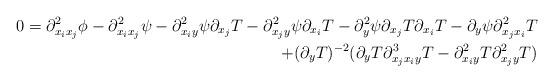
LaTeX: \begin{align*}0=\partial^2_{x_i x_j} \phi - \partial^2_{x_ix_j}\psi - \partial^2_{x_iy} \psi \partial_{x_j}T - \partial^2_{x_jy} \psi \partial_{x_i} T - \partial^2_y \psi \partial_{x_j}T \partial_{x_i} T - \partial_y \psi \partial^2_{x_jx_i}T \\+ {(\partial_yT)^{-2}}(\partial_y T \partial^3_{x_jx_iy}T - \partial ^2_{x_iy}T \partial^2_{x_jy}T)\end{align*}